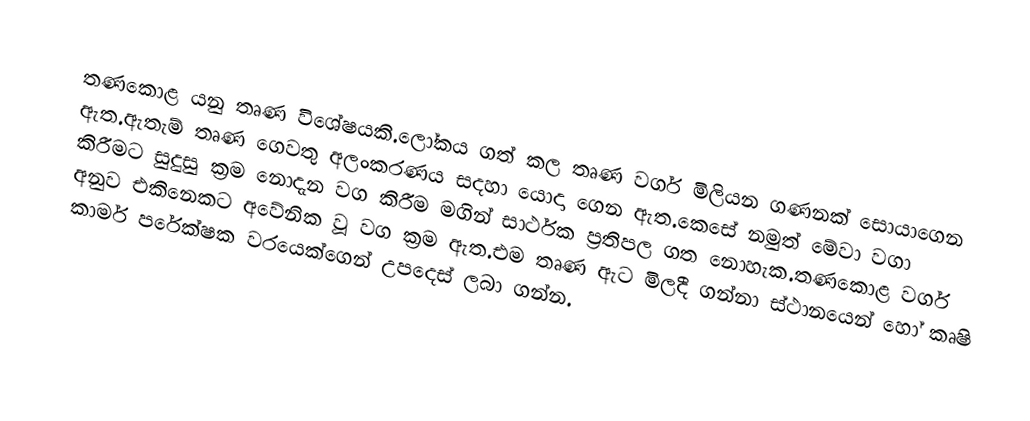
තණකොළ යනු තෘණ විශේෂයකි.ලෝකය ගත් කල තෘණ වර්ග මිලියන ගණනක් සොයාගෙන ඇත.ඇතැම් තෘණ ගෙවතු අලංකරණය සදහා යොදා ගෙන ඇත.කෙසේ නමුත් මේවා වගා කිරීමට සුදුසු ක්‍රම නොදැන වග කිරීම මගින් සාර්ථක ප්‍රතිපල ගත නොහැක.තණකොළ වර්ග අනුව එකිනෙකට අවේනික වූ වග ක්‍රම ඇත.එම තෘණ ඇට මිලදී ගන්නා ස්ථානයෙන් හෝ කෘෂි කාර්ම පරේක්ෂක වරයෙක්ගෙන් උපදෙස් ලබා ගන්න.